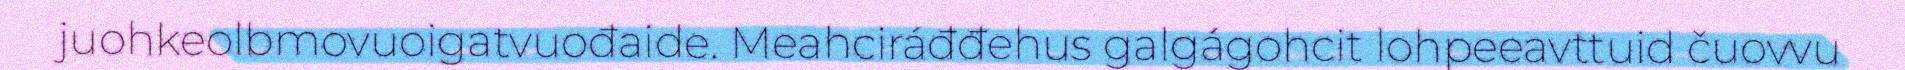
juohkeolbmovuoigatvuođaide. Meahciráđđehus galgágohcit lohpeeavttuid čuovvu